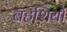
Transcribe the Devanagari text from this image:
बहशियों